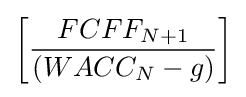
{\left[{\frac {FCFF_{N+1}}{(WACC_{N}-g)}}\right]}